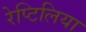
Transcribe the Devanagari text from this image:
रेप्टिलिया